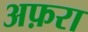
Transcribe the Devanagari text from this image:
अफ़रा